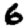
Digit: 6